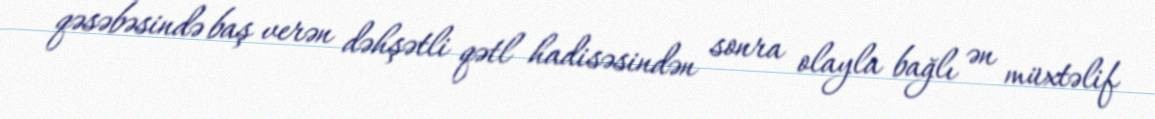
qəsəbəsində baş verən dəhşətli qətl hadisəsindən sonra olayla bağlı ən müxtəlif